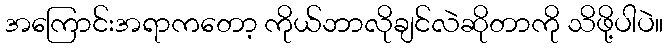
အကြောင်းအရာကတော့ ကိုယ်ဘာလိုချင်လဲဆိုတာကို သိဖို့ပါပဲ။